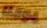
يوحنا